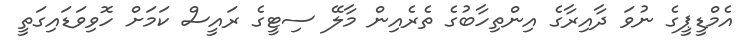
އެމްޑީޕީގެ ނުވަ ދާއިރާގެ އިންތިހާބުގެ ތެރެއިން މާލޭ ސިޓީގެ ރައީސް ކަމަށް ހޮވިވަޑައިގަތީ